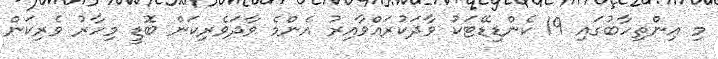
މި އިންތިހާބުގައި 19 ކެންޑިޑޭޓަކު ވާދަކުރައްވާއިރު އެންމެ ވާދަވެރިކަން ބޮޑީ މިހާރު ވެރިކަން